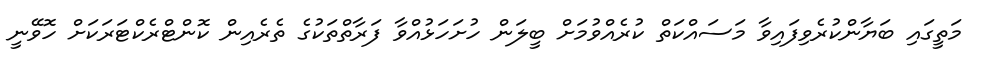
މަތީގައި ބަޔާންކުރެވިފައިވާ މަސައްކަތް ކުރެއްވުމަށް ބީލަން ހުށަހަޅުއްވާ ފަރާތްތަކުގެ ތެރެއިން ކޮންޓްރެކްޓަރަކަށް ހޮވޭނީ